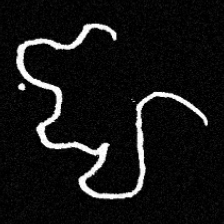
Pyu character \u2014 Myanmar letter: ဈ (romanized: jha)